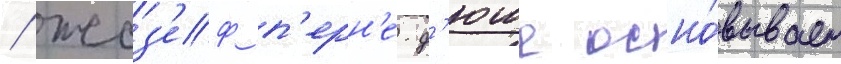
/ жоз'еф п'ерн'е-д'юше осно́вывает